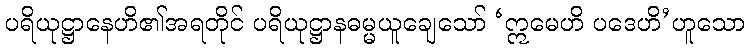
ပရိယုဋ္ဌာနေဟိ၏အရတိုင် ပရိယုဋ္ဌာနဓမ္မယူချေသော် ‘ဣမေဟိ ပဒေဟိ’ဟူသော